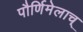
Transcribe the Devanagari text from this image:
पौर्णिमेलाच्